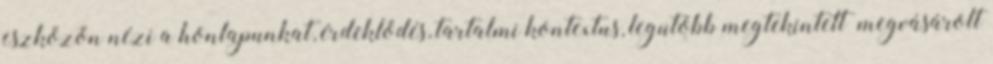
eszközön nézi a honlapunkat, érdeklődés, tartalmi kontextus, legutóbb megtekintett megvásárolt